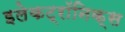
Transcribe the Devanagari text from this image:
इलेकट्रॉनिक्स